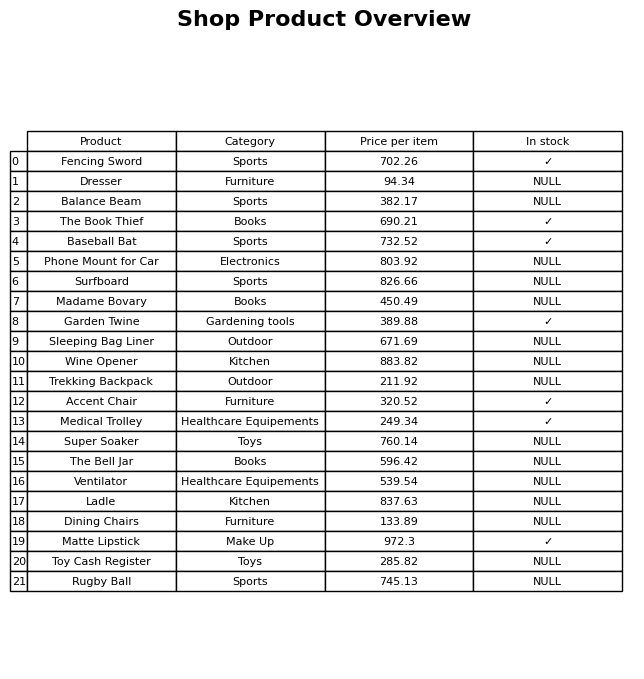
question: Which products are available in stock?
answer: Fencing Sword, The Book Thief, Baseball Bat, Garden Twine, Accent Chair, Medical Trolley, Matte Lipstick